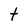
Character: t